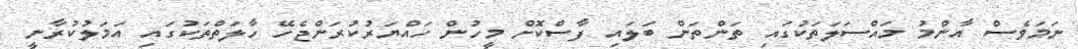
ނަމަވެސް އާންމު މައްސަލަތަކުގައި ތަންތަން ބަލައި ފާސްކޮށް މީހުން ހައްޔަރުކުރަންޖެހޭ ހާލަތްތަކުގައި އަމަލުކުރާނީ